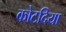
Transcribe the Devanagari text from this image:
कोटदिया